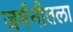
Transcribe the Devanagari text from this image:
जर्मनीतला